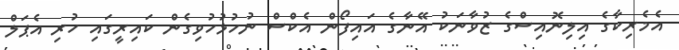
އެމެރިކާގެ އިލިނޮއިސްގެ ޒުވާނަކު އޭނާގެ އައިފޯން އެކްސް ނުހުޅުހުވިގެން ކައިރީގައި ހުރި އެޕަލް